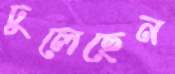
ঢুলেছেন